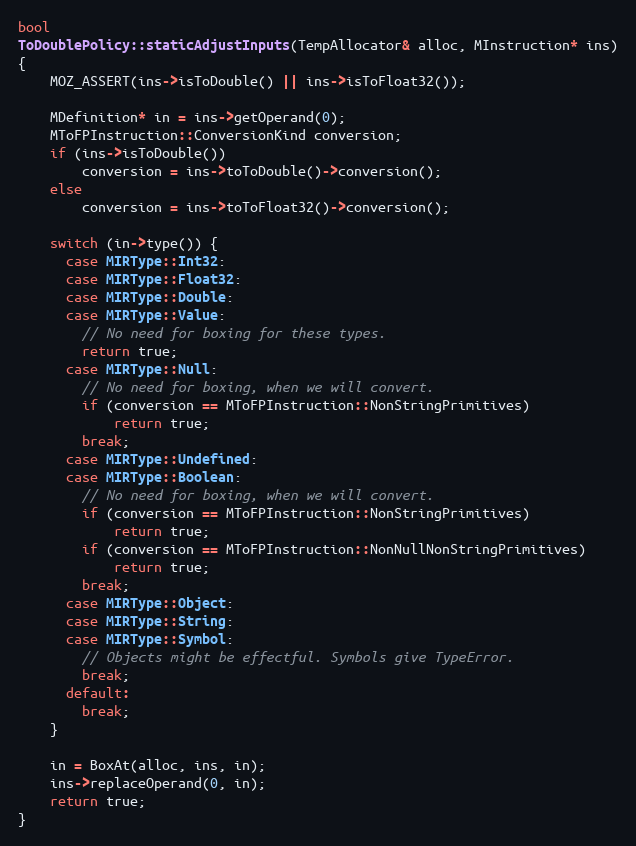
Language: C++
bool
ToDoublePolicy::staticAdjustInputs(TempAllocator& alloc, MInstruction* ins)
{
    MOZ_ASSERT(ins->isToDouble() || ins->isToFloat32());

    MDefinition* in = ins->getOperand(0);
    MToFPInstruction::ConversionKind conversion;
    if (ins->isToDouble())
        conversion = ins->toToDouble()->conversion();
    else
        conversion = ins->toToFloat32()->conversion();

    switch (in->type()) {
      case MIRType::Int32:
      case MIRType::Float32:
      case MIRType::Double:
      case MIRType::Value:
        // No need for boxing for these types.
        return true;
      case MIRType::Null:
        // No need for boxing, when we will convert.
        if (conversion == MToFPInstruction::NonStringPrimitives)
            return true;
        break;
      case MIRType::Undefined:
      case MIRType::Boolean:
        // No need for boxing, when we will convert.
        if (conversion == MToFPInstruction::NonStringPrimitives)
            return true;
        if (conversion == MToFPInstruction::NonNullNonStringPrimitives)
            return true;
        break;
      case MIRType::Object:
      case MIRType::String:
      case MIRType::Symbol:
        // Objects might be effectful. Symbols give TypeError.
        break;
      default:
        break;
    }

    in = BoxAt(alloc, ins, in);
    ins->replaceOperand(0, in);
    return true;
}